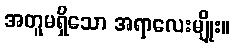
အတူမရှိသော အရာလေးမျိုး။